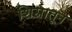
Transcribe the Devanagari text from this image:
शिस्नातून